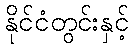
နိုင်ငံတွင်းနှင့်